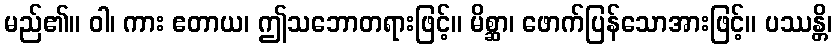
မည်၏။ ဝါ၊ ကား ဧတာယ၊ ဤသဘောတရားဖြင့်။ မိစ္ဆာ၊ ဖောက်ပြန်သောအားဖြင့်။ ပဿန္တိ၊